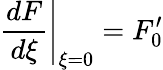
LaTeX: \left.\frac{dF}{d\xi}\right|_{\xi=0}=F_{0}^{\prime}